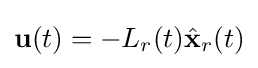
{\mathbf {u} }(t)=-L_{r}(t){\hat {\mathbf {x} }}_{r}(t)